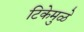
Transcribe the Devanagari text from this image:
टिकेमुळे